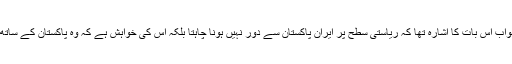
ایران کی جانب سے تونائی کے سلسلے میں مثبت جواب اس بات کا اشارہ تھا کہ ریاستی سطح پر ایران پاکستان سے دور نہیں ہونا چاہتا بلکہ اس کی خواہش ہے کہ وہ پاکستان کے ساتھ مل کر اس خطے کی خوشحالی کے لئے کام کرے۔